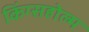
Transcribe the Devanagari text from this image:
किंग्सहोल्म